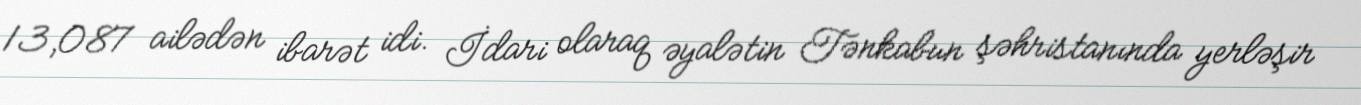
13,087 ailədən ibarət idi. İdari olaraq əyalətin Tənkabun şəhristanında yerləşir